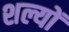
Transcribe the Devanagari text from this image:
शल्यों